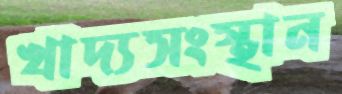
খাদ্যসংস্থান